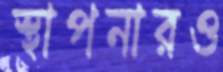
স্থাপনারও